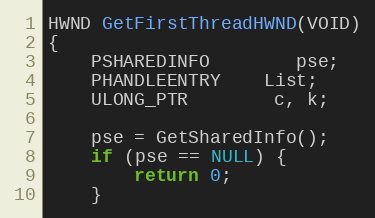
Language: C
HWND GetFirstThreadHWND(VOID)
{
	PSHAREDINFO		pse;
	PHANDLEENTRY	List;
	ULONG_PTR		c, k;

	pse = GetSharedInfo();
	if (pse == NULL) {
		return 0;
	}